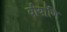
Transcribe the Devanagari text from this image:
वीर्याणि